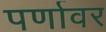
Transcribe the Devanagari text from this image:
पर्णावर